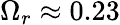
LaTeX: \Omega_{r}\approx 0.23